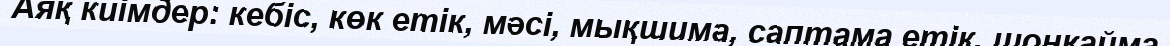
Аяқ киімдер: кебіс, көк етік, мәсі, мықшима, саптама етік, шоңқайма